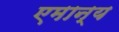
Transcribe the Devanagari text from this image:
एमान्य